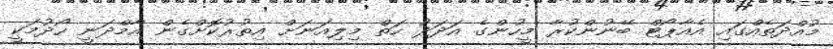
މުއްދަތެއްގައި އެއާޕޯޓް ބޭނުންކުރާ މީހުންގެ އަދަދު ހަތް މިލިއަނަށް އިތުރުކޮށްގެން އާމްދަނީ ހޯދުމަކީ